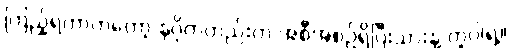
ကြည့်ရတာကတော့ နဂိုကတည်းက အစီအစဉ်ရှိပြီးသားနဲ့ တူပါရဲ့။